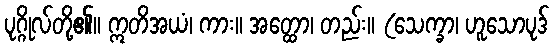
ပုဂ္ဂိုလ်တို့၏။ ဣတိအယံ၊ ကား။ အတ္ထော၊ တည်း။ (သေက္ခာ၊ ဟူသောပုဒ်